General report no. 6 on the lunatic asylums, vaccination and dispensaries in the Bengal Presidency, 1873 -
Year: 1873
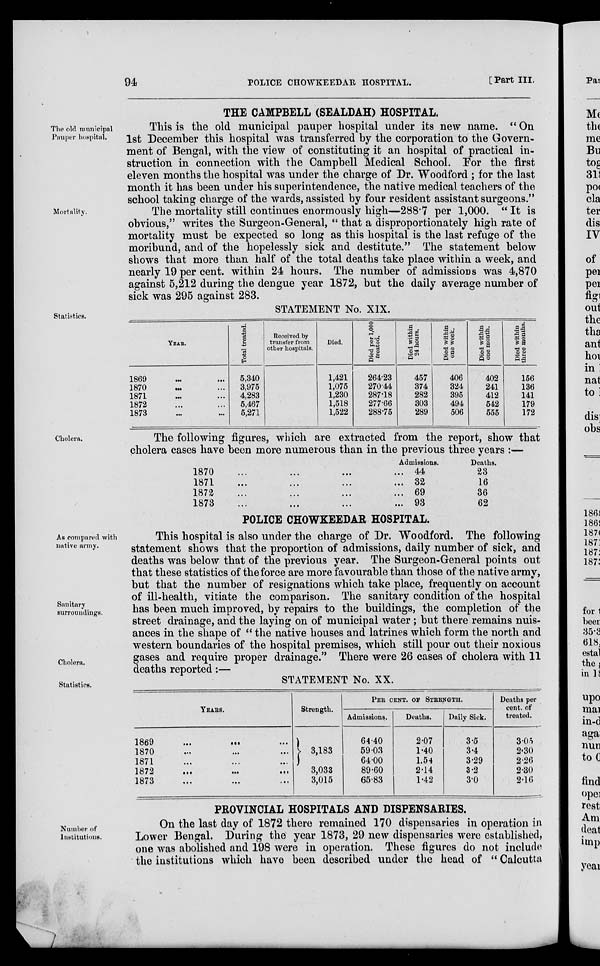
94
POLICE CHOWKEEDAR HOSPITAL.
[Part III.
THE CAMPBELL (SEALDAH) HOSPITAL.
The old municipal
Pauper hospital.
This is the old municipal pauper hospital under its new name. " On
1st December this hospital was transferred by the corporation to the Govern.
ment of Bengal, with the view of constituting it an hospital of practical in-
struction in connection with the Campbell Medical School. For the first
eleven months the hospital was under the charge of Dr. Woodford ; for the last
month it has been under his superintendence, the native medical teachers of the
school taking charge of the wards, assisted by four resident assistant surgeons."
Mortality.
The mortality still continues enormously high—288.7 per 1,000. " It is
obvious," writes the Surgeon-General, " that a disproportionately high rate of
mortality must be expected so long as this hospital is the last refuge of the
moribund, and of the hopelessly sick and destitute." The statement below
shows that more than half of the total deaths take place within a week, and
nearly 19 per cent. within 24 hours. The number of admissions was 4,870
against 5,212 during the dengue year 1872, but the daily average number of
sick was 295 against 283.
STATEMENT No. XIX.
Statistics.
YEAR.
1869
...
...
1870
...
...
1871 ... ...
1872 ... ...
1873 ... ...
Total treated.
5,340
3,975
4,283
5,467
5,271
Received by
transfer from
other hospitals.
Died.
1,421
1,075
1,230
1,618
1,522
Died per 1,000
treated.
264.23
270.44
287.18
277.66
288.75
Died within
24 hours.
457
374
282
303
289
Died within
one week.
406
324
395
494
506
Died within
one month.
402
241
412
542
555
Died within
three months.
156
136
141
179
172
Cholera.
The following figures, which are extracted from the report, show that
cholera cases have been more numerous than in the previous three years :—
1870
...
...
...
...
1871
...
...
...
...
1872
...
...
...
...
1873
...
...
...
...
Admissions.
44
32
69
93
Deaths.
23
16
36
62
POLICE CHOWKEEDAR HOSPITAL.
As compared with
native army.
Sanitary
surroundings.
Cholera.
This hospital is also under the charge of Dr. Woodford. The following
statement shows that the proportion of admissions, daily number of sick, and
deaths was below that of the previous year. The Surgeon-General points out
that these statistics of the force are more favourable than those of the native army,
but that the number of resignations which take place, frequently on account
of ill-health, vitiate the comparison. The sanitary condition of the hospital
has been much improved, by repairs to the buildings, the completion of the
street drainage, and the laying on of municipal water; but there remains nuis-
ances in the shape of " the native houses and latrines which form the north and
western boundaries of the hospital premises, which still pour out their noxious
gases and require proper drainage." There were 26 cases of cholera with 11
deaths reported:—
STATEMENT No. XX.
Statistics.
YEARS.
1869
...
...
...
1870 ... ... ...
1871 ... ... ...
1872
...
...
...
1873 ... ... ...
Strength.
3,183
3,033
3,015
PER CENT. OF STRENGTH.
Admissions.
54.40
59.03
64.00
89.60
65.83
Deaths.
2.07
1.40
1.54
2.14
1.42
Daily Sick.
3.5
3.4
3.29
3.2
30
Deaths per
cent. of
treated.
3.05
2.30
2.26
2.30
2.16
PROVINCIAL HOSPITALS AND DISPENSARIES.
Number of
Institutions.
On the last day of 1872 there remained 170 dispensaries in operation in
Lower Bengal. During the year 1873, 29 new dispensaries were established,
one was abolished and 198 were in operation. These figures do not include
the institutions which have been described under the head of " Calcutta